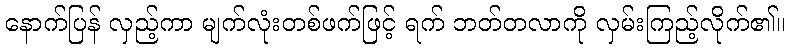
နောက်ပြန် လှည့်ကာ မျက်လုံးတစ်ဖက်ဖြင့် ရက် ဘတ်တလာကို လှမ်းကြည့်လိုက်၏။